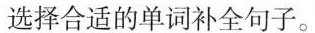
选择合适的单词补全句子。